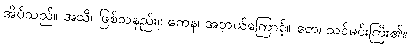
အိပ်သည်။ အသိ၊ ဖြစ်သနည်း။ ကေန၊ အဘယ်ကြောင့်။ တေ၊ သင်မင်းကြီး၏။